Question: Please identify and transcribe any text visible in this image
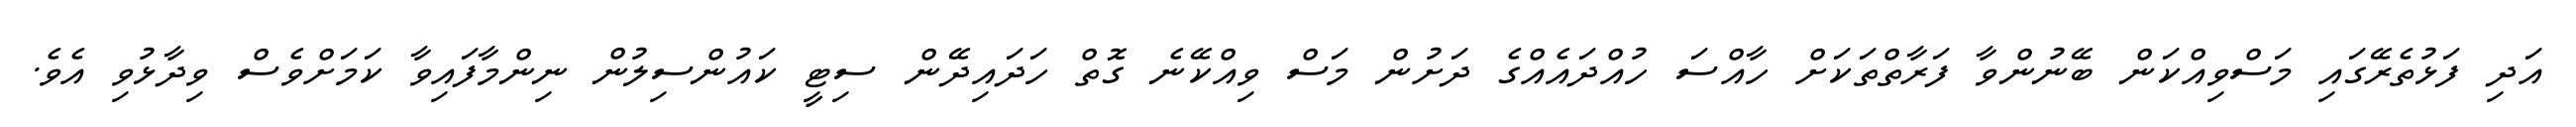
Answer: އަދި ފަޅުތެރޭގައި މަސްވިއްކަން ބޭނުންވާ ފަރާތްތަކަށް ހާއްސަ ހުއްދައެއްގެ ދަށުން މަސް ވިއްކޭނެ ގޮތް ހަދައިދޭން ސިޓީ ކައުންސިލުން ނިންމާފައިވާ ކަމަށްވެސް ވިދާޅުވި އެވެ.